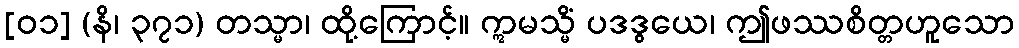
[၀၁] (နိ၊ ၃၇၁) တသ္မာ၊ ထို့ကြောင့်။ ဣမသ္မိံ ပဒဒွယေ၊ ဤဖဿစိတ္တဟူသော